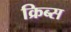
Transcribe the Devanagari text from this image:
क्रिब्स